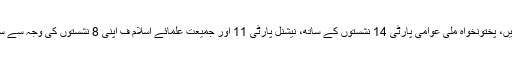
اس کے علاوہ مسلم لیگ نون کی مخلوط حکومت میں شامل دوسری بڑی جماعتیں، پختونخواہ ملی عوامی پارٹی 14 نشستوں کے ساتھ، نیشنل پارٹی 11 اور جمیعت علمائے اسلام ف اپنی 8 نشستوں کی وجہ سے سینیٹ کے انتخابات میں اپنا اپنا حصہ مسلم لیگ نون کے حوالے نہیں کریں گے۔